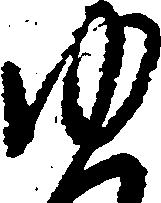
ゆ